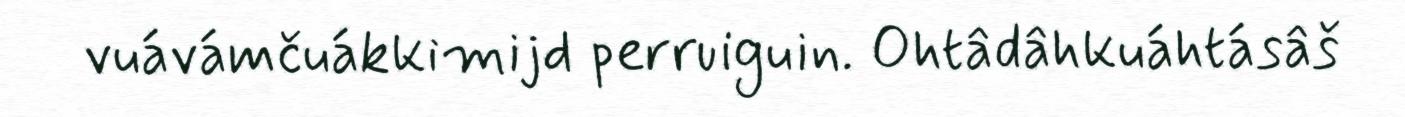
vuávámčuákkimijd perruiguin. Ohtâdâhkuáhtásâš